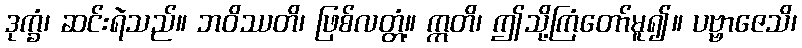
ဒုက္ခံ၊ ဆင်းရဲသည်။ ဘဝိဿတိ၊ ဖြစ်လတ္တံ့။ ဣတိ၊ ဤသို့ကြံတော်မူ၍။ ပဗ္ဗာဇေသိ၊